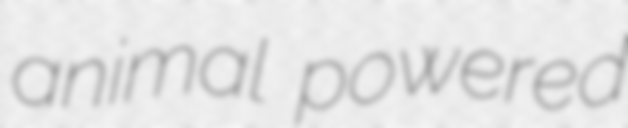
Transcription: animal powered